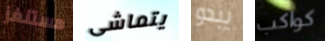
هستنغز يتماشى يبدو كواكب